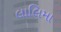
લાલિમા